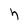
Character: h